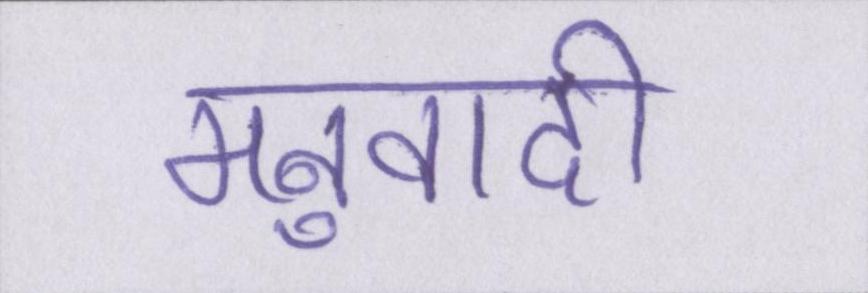
मनुवादी